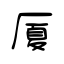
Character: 厦